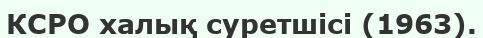
КСРО халық суретшісі (1963).